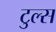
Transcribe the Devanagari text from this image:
टुल्स